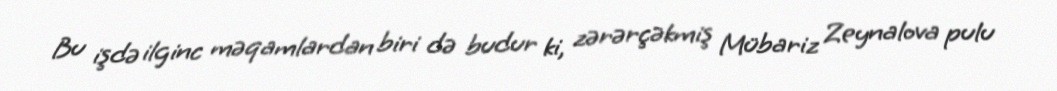
Bu işdə ilginc məqamlardan biri də budur ki, zərərçəkmiş Mübariz Zeynalova pulu